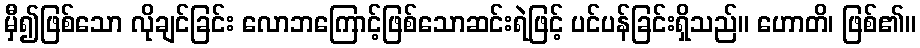
မှီ၍ဖြစ်သော လိုချင်ခြင်း လောဘကြောင့်ဖြစ်သောဆင်းရဲဖြင့် ပင်ပန်ခြင်းရှိသည်။ ဟောတိ၊ ဖြစ်၏။